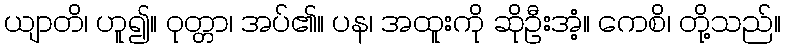
ယျာတိ၊ ဟူ၍။ ဝုတ္တာ၊ အပ်၏။ ပန၊ အထူးကို ဆိုဦးအံ့။ ကေစိ၊ တို့သည်။